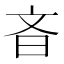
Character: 𪰎